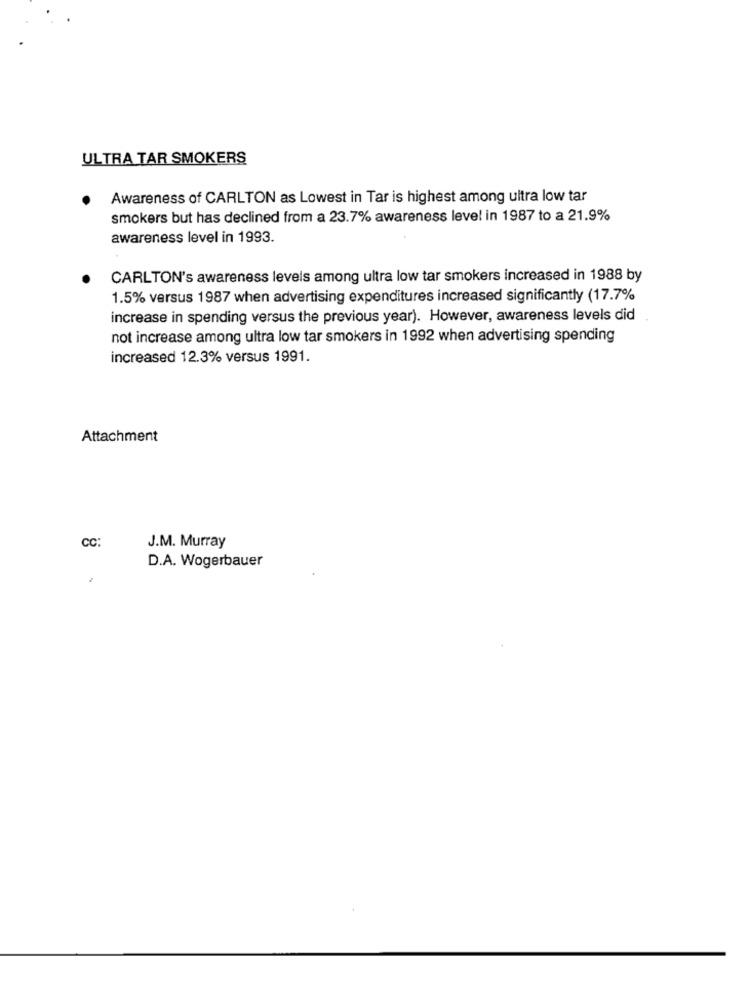
ULTRA TAR SMOKERS
Awareness of CARLTON as Lowest in Tar is highest among ultra low tar
smokers but has declined from a 23.7% awareness level in 1987 to a 21.9%
awareness level in 1993.
CARLTON's awareness levels among ultra low tar smokers increased in 1988 by
1.5% versus 1987 when advertising expenditures increased significantly (17.7%
increase in spending versus the previous year). However, awareness levels did
not increase among ultra low tar smokers in 1992 when advertising spending
increased 12.3% versus 1991.
Attachment
CC:
J.M. Murray
D.A. Wogerbauer